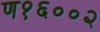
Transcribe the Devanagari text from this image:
ण१६००२